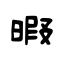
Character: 暇